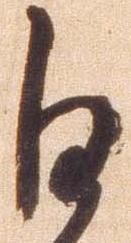
白